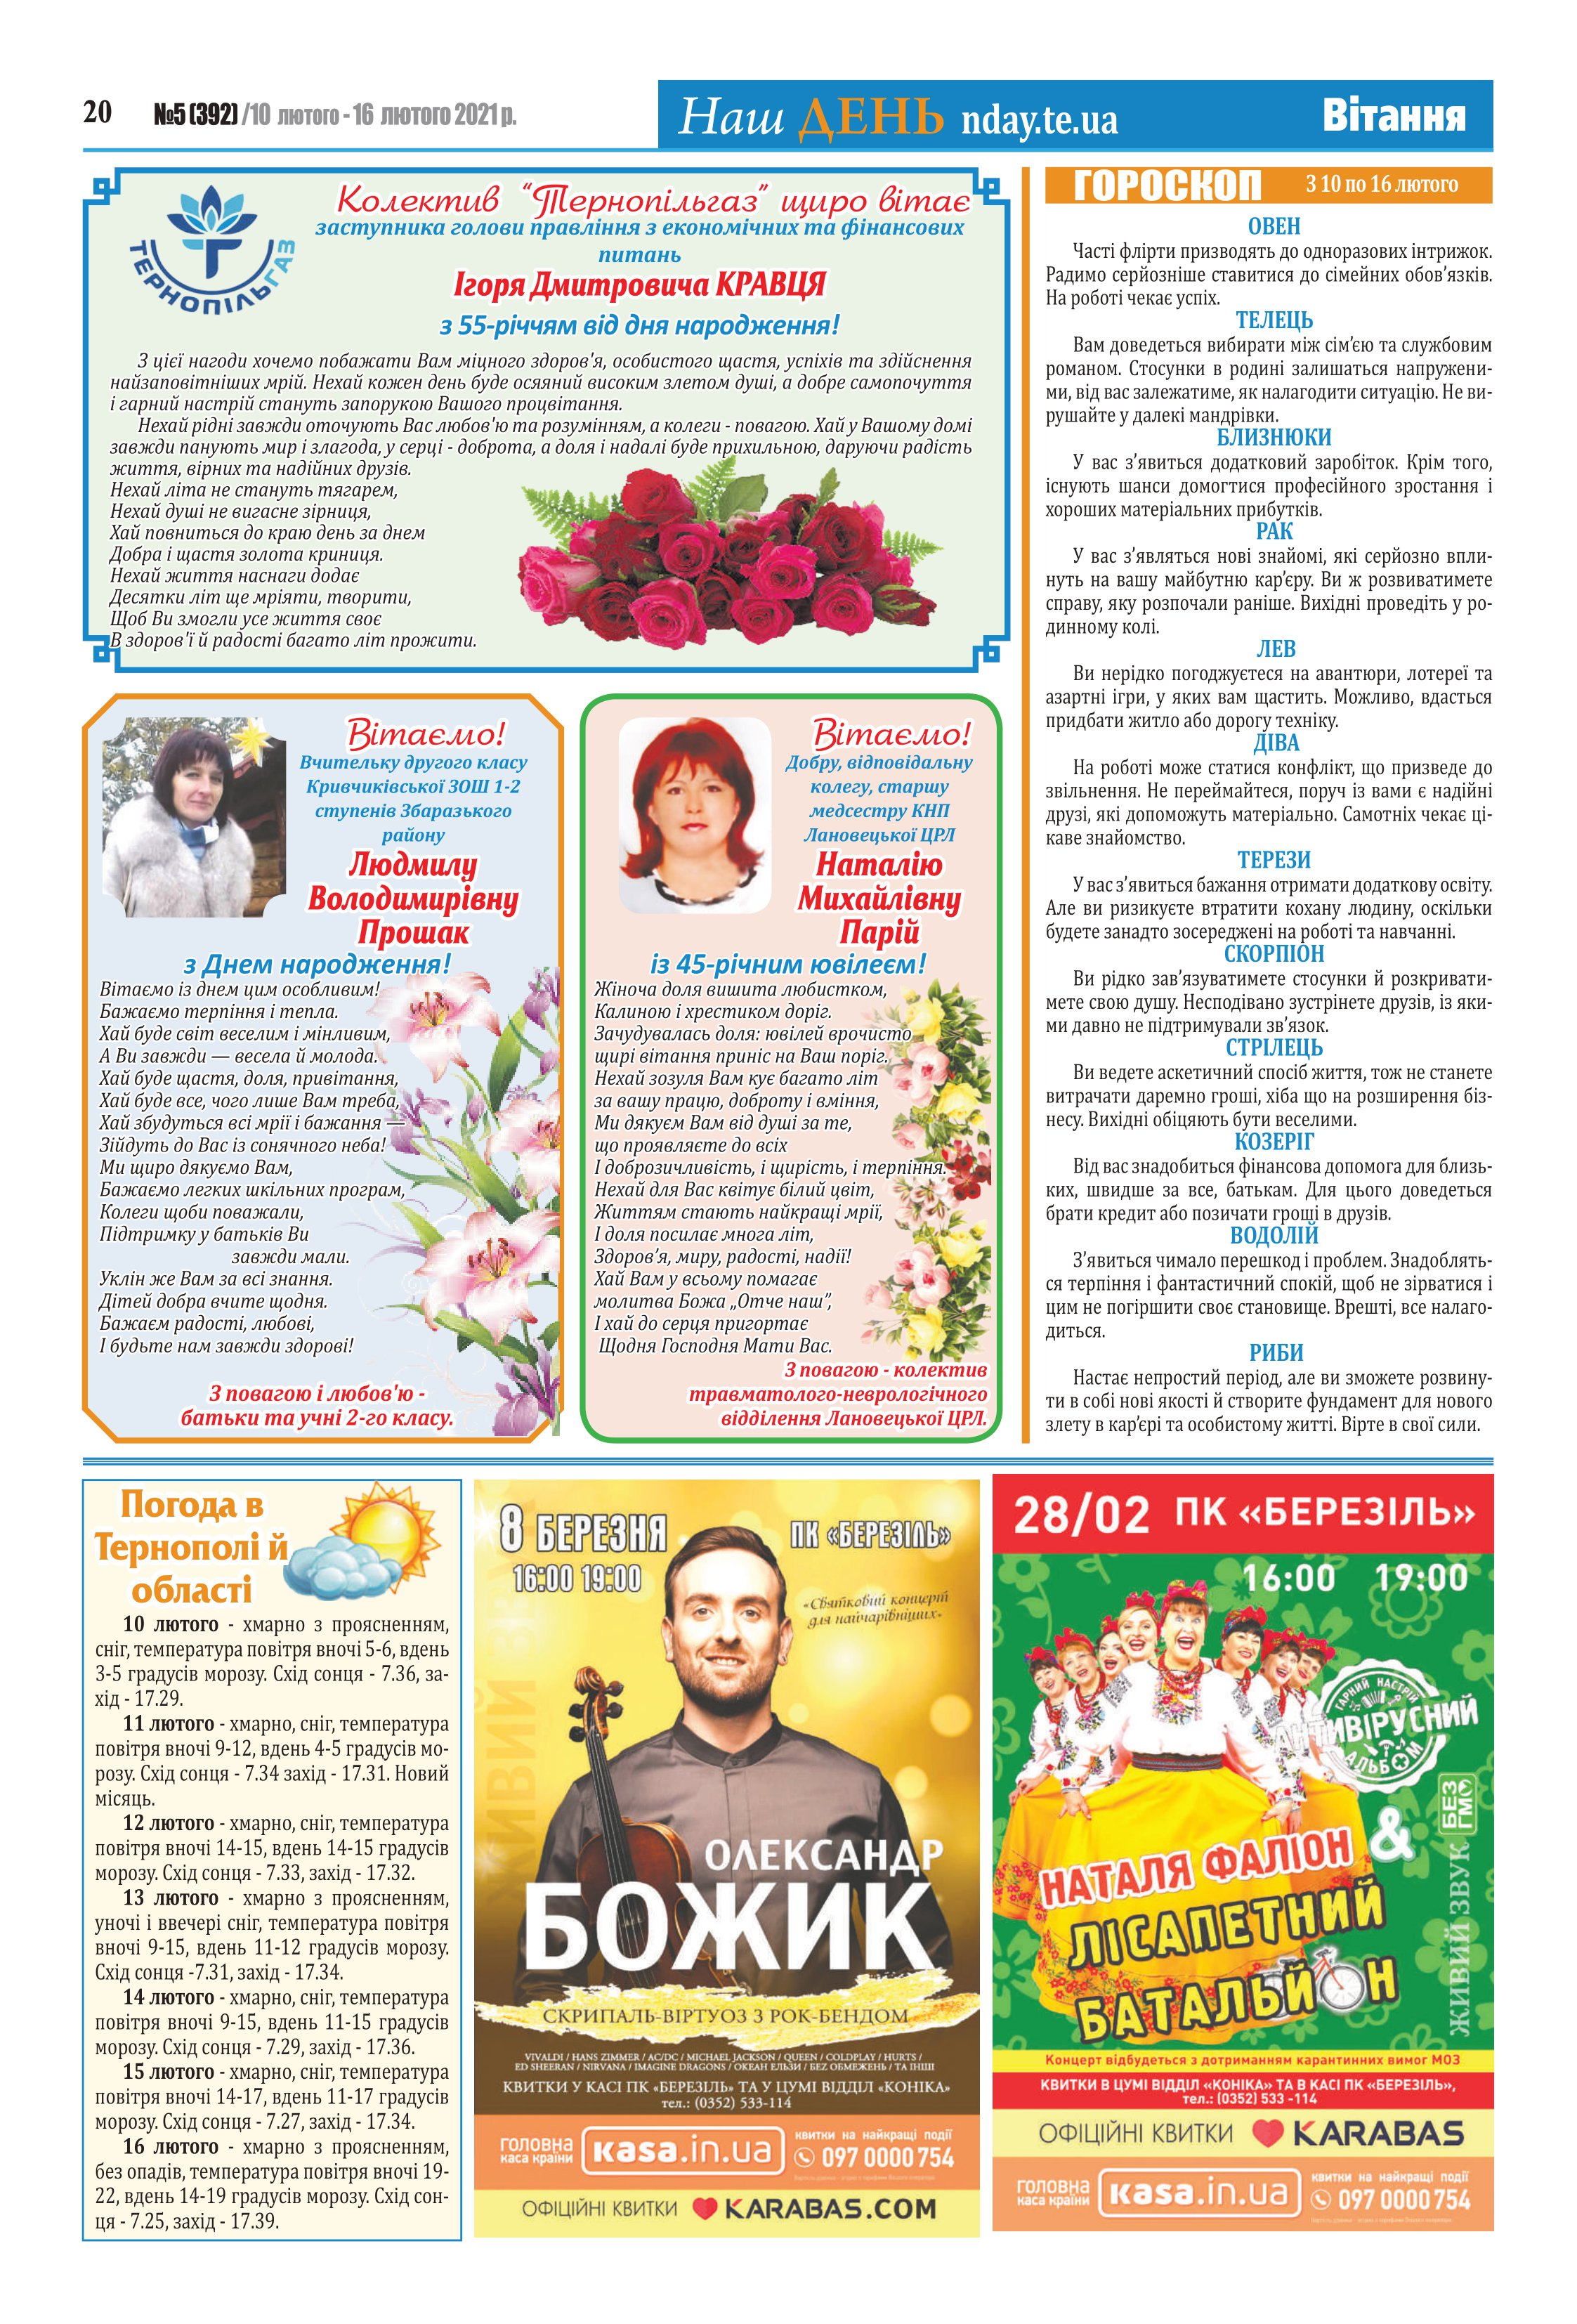
Language: uk